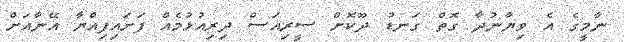
ނާމީގެ އެ ވިޔާނުދާ ގޮތް ގަނޑު ދޫކޮށް ސީރިއަސް ދިރިއުޅުމެއް ފަށައިފިއްޔާ އޭނާއަށް